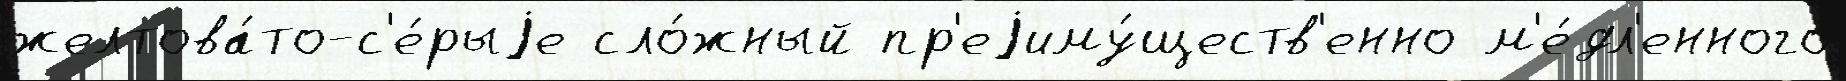
желтова́то-с'е́рыjе сло́жный пр'еjиму́ществ'енно м'е́дл'енного